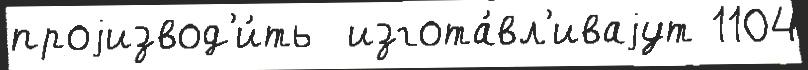
проjизвод'и́ть  изгота́вл'иваjут 1104